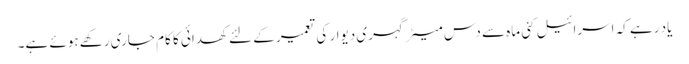
یاد رہے کہ اسرائیل کئی ماہ سے دس میٹر گہری دیوار کی تعمیر کے لئے کھدائی کا کام جاری رکھے ہوئے ہے۔